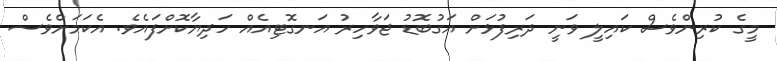
މީގެ ކުރިންވެސް ކައިލީ ވަނީ ދަރިފުޅަށް އަގުބޮޑު ޖަވާހިރު އަނގޮޓިއެއް ހަދިޔާކޮށްފައެވެ. އެކަމަށްވެސް